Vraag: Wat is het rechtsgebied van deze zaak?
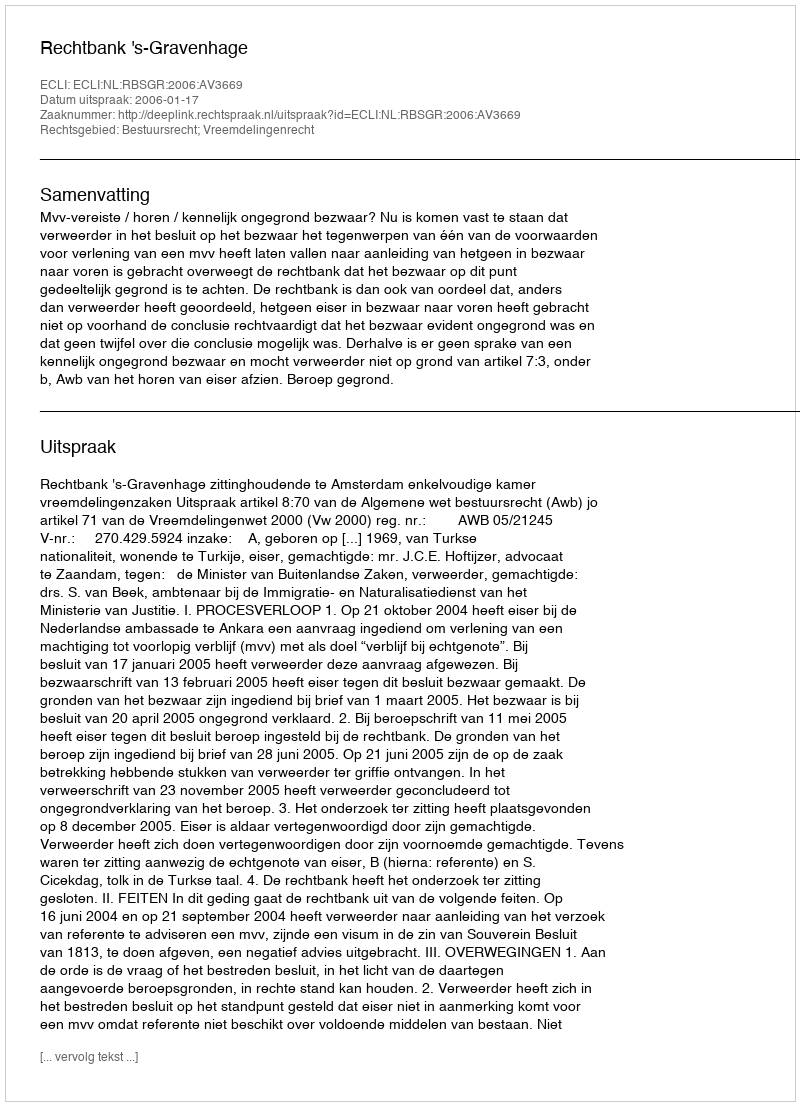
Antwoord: Bestuursrecht; Vreemdelingenrecht